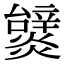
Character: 𤒞